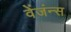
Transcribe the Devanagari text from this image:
वेंजंन्स